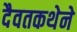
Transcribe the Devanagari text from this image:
दैवतकथेने